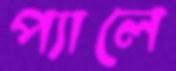
প্যালে